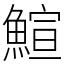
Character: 鰚